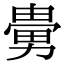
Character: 𠢮